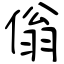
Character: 傟